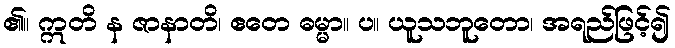
၏။ ဣတိ န ဇာနာတိ၊ ဧတေ ဓမ္မာ။ ပ။ ယူသဘူတော၊ အရည်ဖြင့်၍